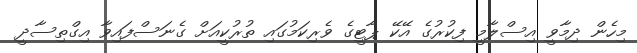
މިހެން ދިމާވީ އިސްލާމީ ފިކުރުގެ އޭކޭ ޕާޓީގެ ވެރިކަމުގައި ތުރުކީއަށް ގެނަސްފައިވާ އިގްތިސާދީ